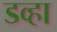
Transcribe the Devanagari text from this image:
डव्हा